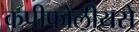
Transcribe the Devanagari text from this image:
कप्रीफोलीयसे